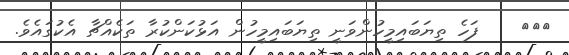
١٦١    ފަހެ ތިޔަބައިމީހުންވަނީ ތިޔަބައިމީހުން އަޅުކަންކުރާ ތަކެއްޗާ އެކުގައެވެ.